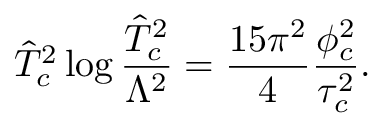
\hat { T } _ { c } ^ { 2 } \log { \frac { \hat { T } _ { c } ^ { 2 } } { \Lambda ^ { 2 } } } = \frac { 1 5 \pi ^ { 2 } } { 4 } \frac { \phi _ { c } ^ { 2 } } { \tau _ { c } ^ { 2 } } .